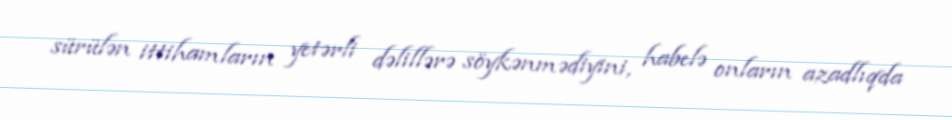
sürülən ittihamların yetərli dəlillərə söykənmədiyini, habelə onların azadlıqda